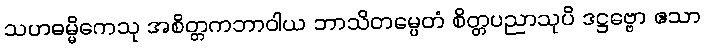
သဟဓမ္မိကေသု အစိတ္တကဘာဝါယ ဘာသိတမ္ပေတံ စိတ္တပညာသုပိ ဒဋ္ဌဗ္ဗော ဧသာ